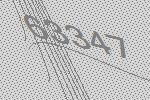
63347